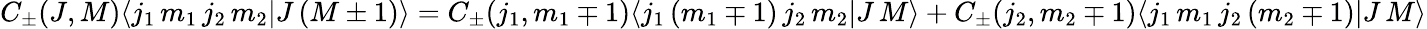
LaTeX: C_{\pm}(J,M)\langle j_{1}\, m_{1}\, j_{2}\, m_{2}|J\, (M\pm 1)\rangle=C_{\pm}(j_{1},m_{1}\mp 1)\langle j_{1}\, (m_{1}\mp 1)\, j_{2}\, m_{2}|J\, M\rangle+C_{\pm}(j_{2},m_{2}\mp 1)\langle j_{1}\, m_{1}\, j_{2}\, (m_{2}\mp 1)|J\, M\rangle